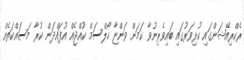
ރެކްރިއޭޝަންގައި ކުޅިވަރުގައި ބައިވެރިނުވާ ކަމަށް ވަންޏާ ހޯލްސަމް ކުއްޖެއް އުފައްދަން ކުރާ މަސައްކަތެއް